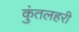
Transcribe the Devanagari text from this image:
कुंतलहरी